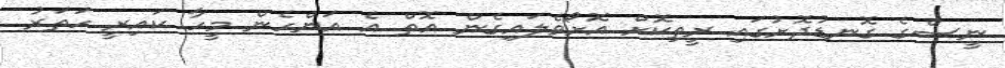
ނީސްގެ ގޮނޑުދޮށުގައި ރީތިކޮށް އޮށޯވެލައިގެން އޮތް އެ އަންހެން މީހާ ކައިރީ ހަތަރު